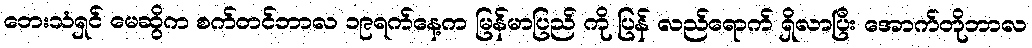
တေးသံရှင် မေဆွိက စက်တင်ဘာလ ၁၉ရက်နေ့က မြန်မာပြည် ကို ပြန် လည်ရောက် ရှိလာပြီး အောက်တိုဘာလ